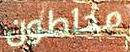
محاطون